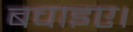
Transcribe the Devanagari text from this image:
बचाइए।